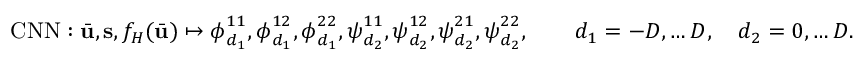
\mathrm { C N N } : \bar { \mathbf { u } } , \mathbf { s } , f _ { H } ( \bar { \mathbf { u } } ) \mapsto \boldsymbol { \phi } _ { d _ { 1 } } ^ { 1 1 } , \boldsymbol { \phi } _ { d _ { 1 } } ^ { 1 2 } , \boldsymbol { \phi } _ { d _ { 1 } } ^ { 2 2 } , \boldsymbol { \psi } _ { d _ { 2 } } ^ { 1 1 } , \boldsymbol { \psi } _ { d _ { 2 } } ^ { 1 2 } , \boldsymbol { \psi } _ { d _ { 2 } } ^ { 2 1 } , \boldsymbol { \psi } _ { d _ { 2 } } ^ { 2 2 } , \qquad d _ { 1 } = - D , \ldots D , \quad d _ { 2 } = 0 , \ldots D .